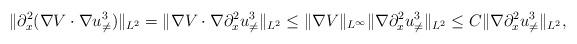
LaTeX: \begin{align*}&\| \partial_x^2 (\nabla V\cdot\nabla u_{\neq}^3)\|_{L^2}=\| \nabla V\cdot\nabla \partial_x^2u_{\neq}^3\|_{L^2}\leq \| \nabla V\|_{L^{\infty}}\|\nabla \partial_x^2u_{\neq}^3\|_{L^2}\leq C\|\nabla \partial_x^2u_{\neq}^3\|_{L^2}, \end{align*}